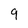
Character: 9